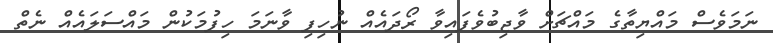
ނަމަވެސް މައްޔިތާގެ މައްޗަށް ވާޖިބުވެފައިވާ ރޯދައެއް ނުހިފި ވާނަމަ ހިފުމަކުން މައްސަލައެއް ނެތް